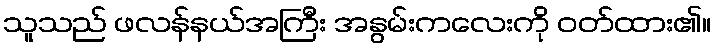
သူသည် ဖလန်နယ်အကြီး အနွမ်းကလေးကို ဝတ်ထား၏။